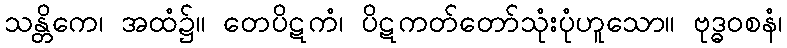
သန္တိကေ၊ အထံ၌။ တေပိဋကံ၊ ပိဋကတ်တော်သုံးပုံဟူသော။ ဗုဒ္ဓဝစနံ၊